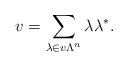
LaTeX: \begin{align*}v = \sum_{\lambda\in v\Lambda^n} \lambda\lambda^*.\end{align*}